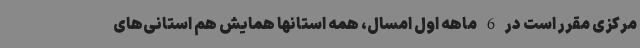
مرکزی مقرر است در 6 ماهه اول امسال، همه استانها همایش هم استانی‌های